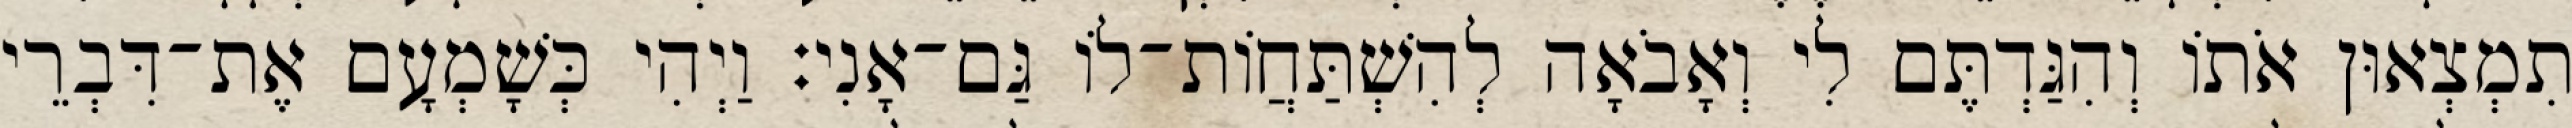
תִמְצְאוּן אֹתוֹ וְהִגַּדְתֶּם לִי וְאָבֹאָה לְהִשְׁתַּחֲוֹת־לוֹ גַּם־אָנִי׃ וַיְהִי כְּשָׁמְעָם אֶת־דִּבְרֵי